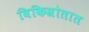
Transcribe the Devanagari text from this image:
विकिस्रोतात